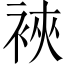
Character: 裌